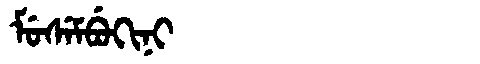
Manchu: ᠮᡠᠰᡝᠮᠪᡠᡴᡳᠨᡳ
Romanization: MUSEMBUKINI